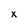
Character: x